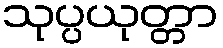
သုပ္ပယုတ္တာ